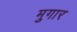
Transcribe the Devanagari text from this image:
मुगार